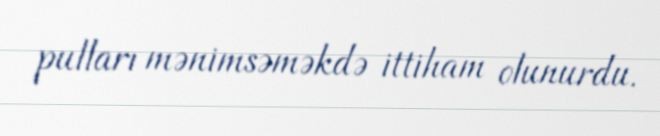
pulları mənimsəməkdə ittiham olunurdu.